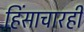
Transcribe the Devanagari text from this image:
हिंसाचारही